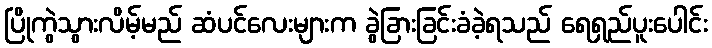
ပြိုကွဲသွားလိမ့်မည် ဆံပင်လေးများက ခွဲခြားခြင်းခံခဲ့ရသည် ရေရှည်ပူးပေါင်း